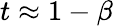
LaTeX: t\approx 1-\beta